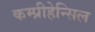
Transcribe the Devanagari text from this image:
कम्प्रीहेन्सिल